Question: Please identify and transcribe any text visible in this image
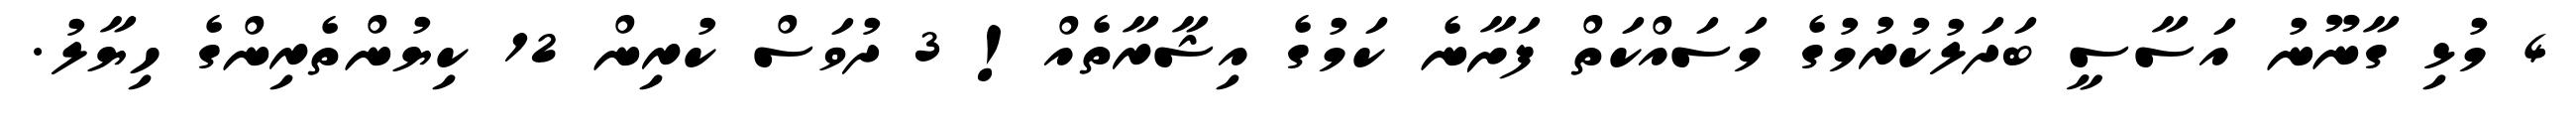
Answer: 4 މުޅި ގާނޫނު އަސާސީ ބަދަލުކުރުމުގެ މަސައްކަތް ފަށާނެ ކަމުގެ އިޝާރާތެއް! 3 ދުވަސް ކުރިން 12 ކިޔުންތެރިންގެ ހިޔާލު.